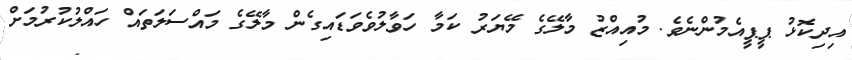
އިދިކޮޅު ޕީޕީއެމުންނެވެ. މުއިއްޒު މާލޭގެ މޭޔަރު ކަމާ ހަވާލުވެވަޑައިގެން މާލޭގެ މައްސަލަތައް ހައްލުކުރުމަށް